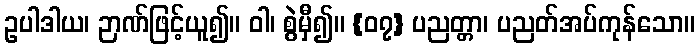
ဥပါဒါယ၊ ဉာဏ်ဖြင့်ယူ၍။ ဝါ၊ စွဲမှီ၍။ {၀၇} ပညတ္တာ၊ ပညတ်အပ်ကုန်သော။